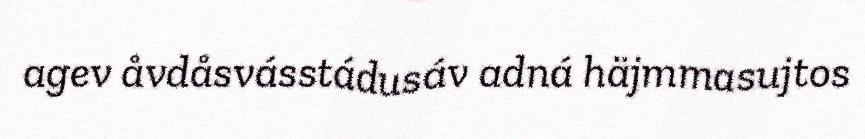
agev åvdåsvásstádusáv adná häjmmasujtos